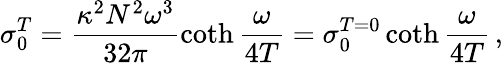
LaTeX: \sigma_{0}^{T}=\frac{\kappa^{2}N^{2}\omega^{3}}{32\pi}\coth{\frac{\omega}{4T}}=\sigma_{0}^{T=0}\coth{\frac{\omega}{4T}}\, ,